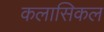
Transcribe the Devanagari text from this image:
कलासिकल